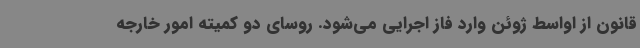
قانون از اواسط ژوئن وارد فاز اجرایی می‌شود. روسای دو کمیته امور خارجه